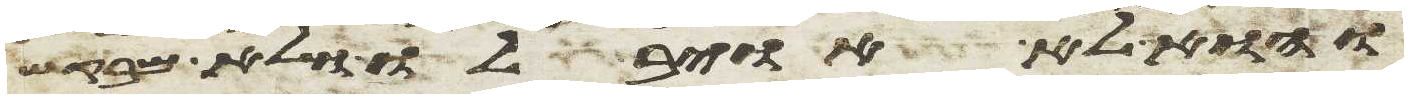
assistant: והוא לא אויב לו ולא מבקש